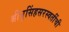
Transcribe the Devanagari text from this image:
श्रीनृसिंहसरस्वतींची